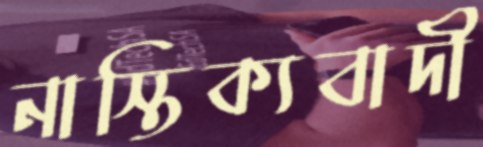
নাস্তিক্যবাদী